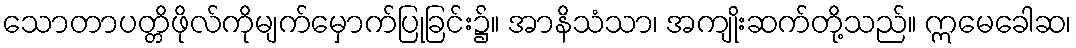
သောတာပတ္တိဖိုလ်ကိုမျက်မှောက်ပြုခြင်း၌။ အာနိသံသာ၊ အကျိုးဆက်တို့သည်။ ဣမေခေါဆ၊